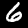
Label: 6